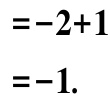
$=-2 + 1\\
=-1.$